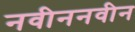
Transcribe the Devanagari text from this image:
नवीननवीन